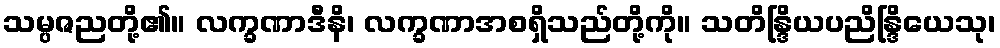
သမ္ပဇညတို့၏။ လက္ခဏာဒီနိ၊ လက္ခဏာအစရှိသည်တို့ကို။ သတိန္ဒြိယပညိန္ဒြိယေသု၊